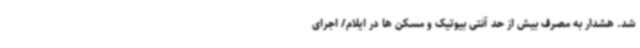
شد. هشدار به مصرف بیش از حد آنتی بیوتیک و مسکن ها در ایلام/ اجرای